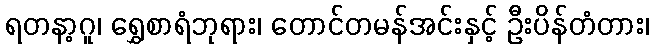
ရတနာ့ဂူ၊ ရွှေစာရံဘုရား၊ တောင်တမန်အင်းနှင့် ဦးပိန်တံတား၊